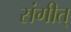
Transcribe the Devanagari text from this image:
संगीत्